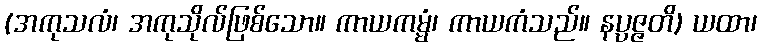
(အကုသလံ၊ အကုသိုလ်ဖြစ်သော။ ကာယကမ္မံ၊ ကာယကံသည်။ နပ္ပဇ္ဇတိ) ယထာ၊